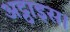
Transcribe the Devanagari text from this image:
अट्ठाइस।